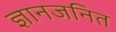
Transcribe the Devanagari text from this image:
ज्ञानजनित